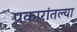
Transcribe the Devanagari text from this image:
प्रकारांतल्या